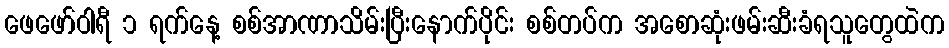
ဖေဖော်ဝါရီ ၁ ရက်နေ့ စစ်အာဏာသိမ်းပြီးနောက်ပိုင်း စစ်တပ်က အစောဆုံးဖမ်းဆီးခံရသူတွေထဲက